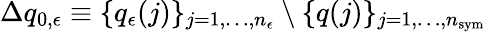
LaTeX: \Delta q_{0,\epsilon}\equiv\{ q_{\epsilon}(j)\} _{j=1,\dots,n_{\epsilon}}\setminus\{ q(j)\} _{j=1,\dots,n_{\mathrm{sym}}}